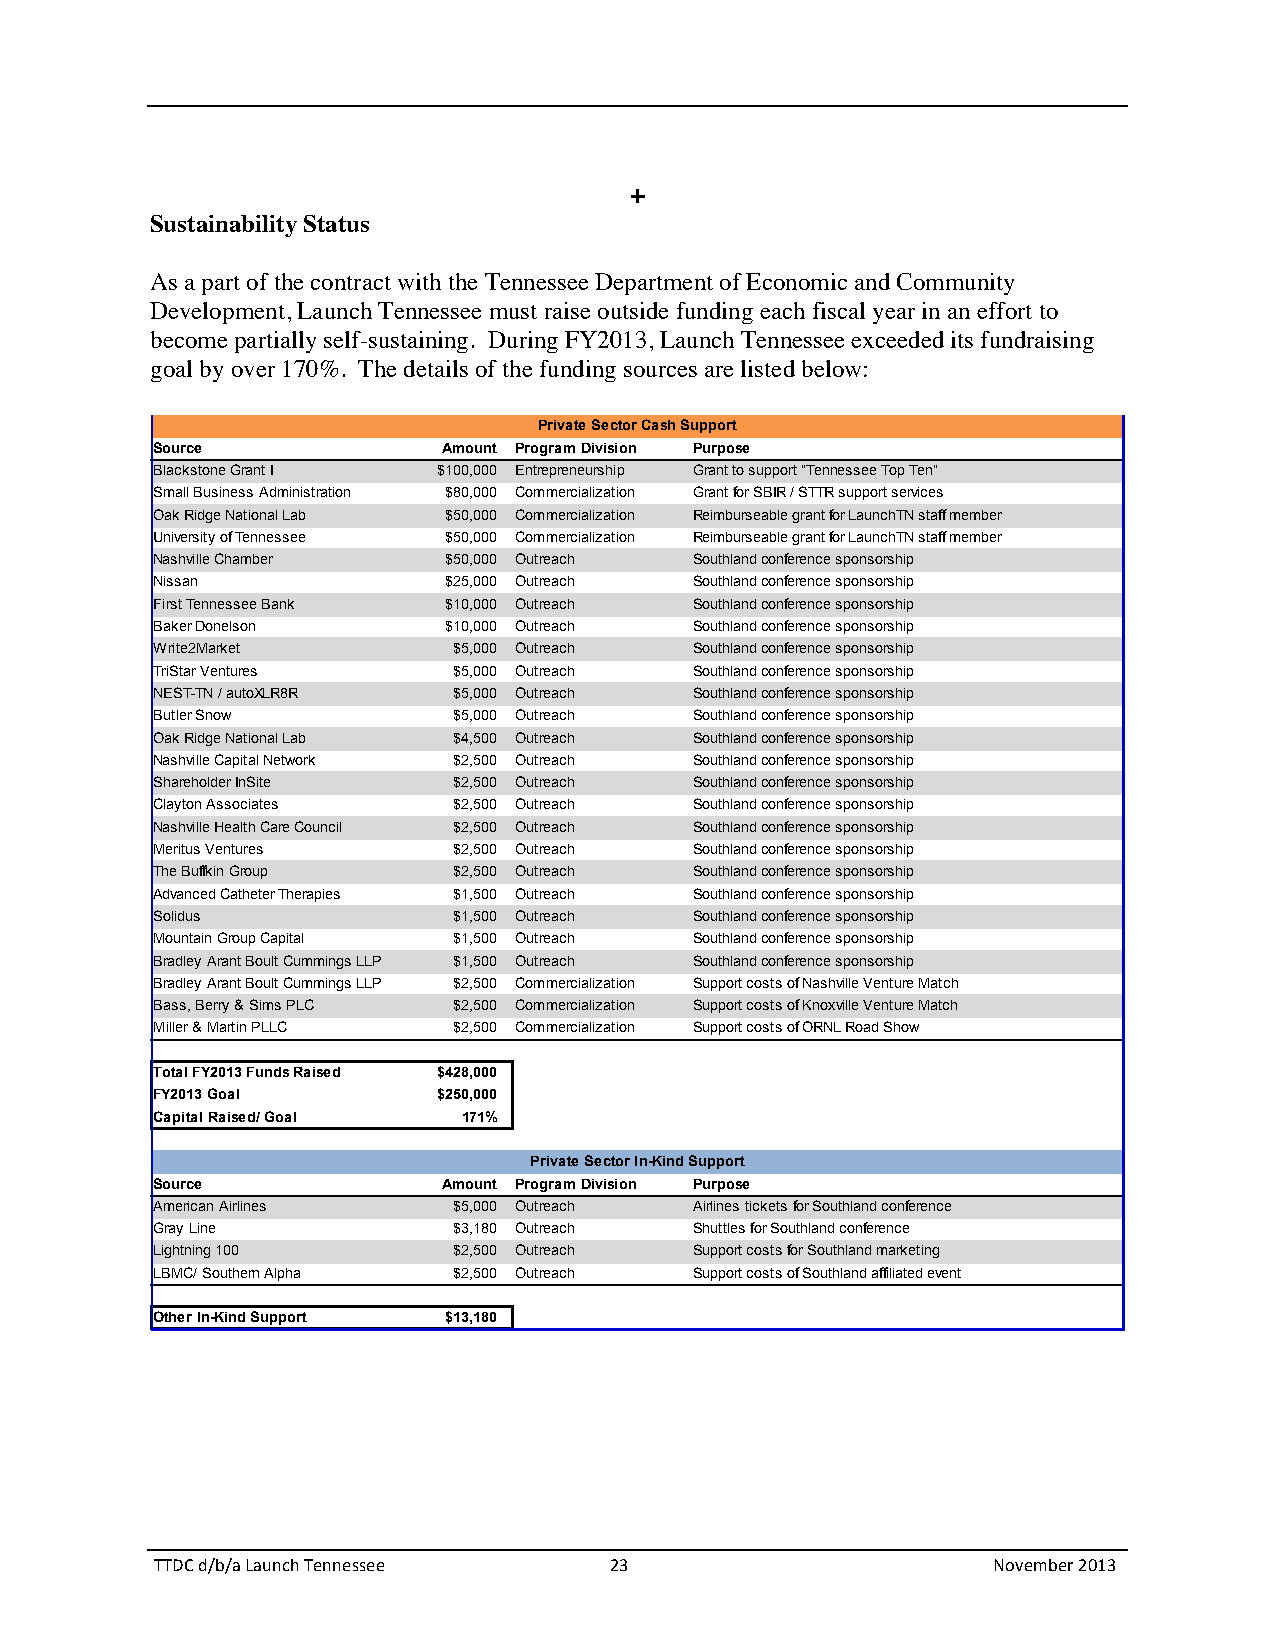
+
 Sustainability Status
 As a part of the contract with the Tennessee Department of Economic and Community
 Development, Launch Tennessee must raise outside funding each fiscal year in an effort to
 become partially self-sustaining. During FY2013, Launch Tennessee exceeded its fundraising
 goal by over 170%. The details of the funding sources are listed below:
 Private Sector Cash Support
 Source             Amount Program Division Purpose
 Blackstone Grant I $100,000 Entrepreneurship Grant to support "Tennessee Top Ten"
 Small Business Administration $80,000 Commercialization Grant for SBIR / STTR support services
 Oak Ridge National Lab $50,000 Commercialization Reimburseable grant for LaunchTN staff member
 University of Tennessee $50,000 Commercialization Reimburseable grant for LaunchTN staff member
 Nashville Chamber  $50,000 Outreach Southland conference sponsorship
 Nissan             $25,000 Outreach Southland conference sponsorship
 First Tennessee Bank $10,000 Outreach Southland conference sponsorship
 Baker Donelson     $10,000 Outreach Southland conference sponsorship
 Write2Market        $5,000 Outreach Southland conference sponsorship
 TriStar Ventures    $5,000 Outreach Southland conference sponsorship
 NEST-TN / autoXLR8R $5,000 Outreach Southland conference sponsorship
 Butler Snow         $5,000 Outreach Southland conference sponsorship
 Oak Ridge National Lab $4,500 Outreach Southland conference sponsorship
 Nashville Capital Network $2,500 Outreach Southland conference sponsorship
 Shareholder InSite  $2,500 Outreach Southland conference sponsorship
 Clayton Associates  $2,500 Outreach Southland conference sponsorship
 Nashville Health Care Council $2,500 Outreach Southland conference sponsorship
 Meritus Ventures    $2,500 Outreach Southland conference sponsorship
 The Buffkin Group   $2,500 Outreach Southland conference sponsorship
 Advanced Catheter Therapies $1,500 Outreach Southland conference sponsorship
 Solidus             $1,500 Outreach Southland conference sponsorship
 Mountain Group Capital $1,500 Outreach Southland conference sponsorship
 Bradley Arant Boult Cummings LLP $1,500 Outreach Southland conference sponsorship
 Bradley Arant Boult Cummings LLP $2,500 Commercialization Support costs of Nashville Venture Match
 Bass, Berry & Sims PLC $2,500 Commercialization Support costs of Knoxville Venture Match
 Miller & Martin PLLC $2,500 Commercialization Support costs of ORNL Road Show
 Total FY2013 Funds Raised $428,000
 FY2013 Goal        $250,000
 Capital Raised/ Goal 171%
 Private Sector In-Kind Support
 Source             Amount Program Division Purpose
 American Airlines   $5,000 Outreach Airlines tickets for Southland conference
 Gray Line           $3,180 Outreach Shuttles for Southland conference
 Lightning 100       $2,500 Outreach Support costs for Southland marketing
 LBMC/ Southern Alpha $2,500 Outreach Support costs of Southland affiliated event
 Other In-Kind Support $13,180
 TTDC d/b/a Launch Tennessee   23                        November 2013